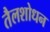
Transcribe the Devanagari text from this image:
तैलशोधन